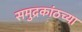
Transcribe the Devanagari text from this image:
समुद्रकांठच्या